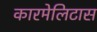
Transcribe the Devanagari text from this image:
कारमेलिटास